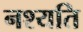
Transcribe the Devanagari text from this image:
नश्यति